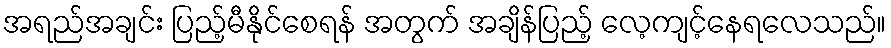
အရည်အချင်း ပြည့်မီနိုင်စေရန် အတွက် အချိန်ပြည့် လေ့ကျင့်နေရလေသည်။